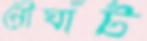
নৌঘাঁট